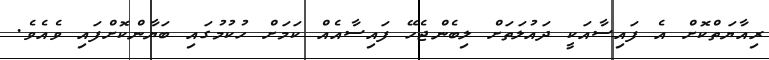
ރިއާޔަތްކޮށް އެ ފައިސާއަކީ ދައުލަތަށް ލިބެންޖެހޭ ފައިސާއެއް ކަމަށް ހުކުމުގައި ބަޔާންކޮށްފައި ވެއެވެ.